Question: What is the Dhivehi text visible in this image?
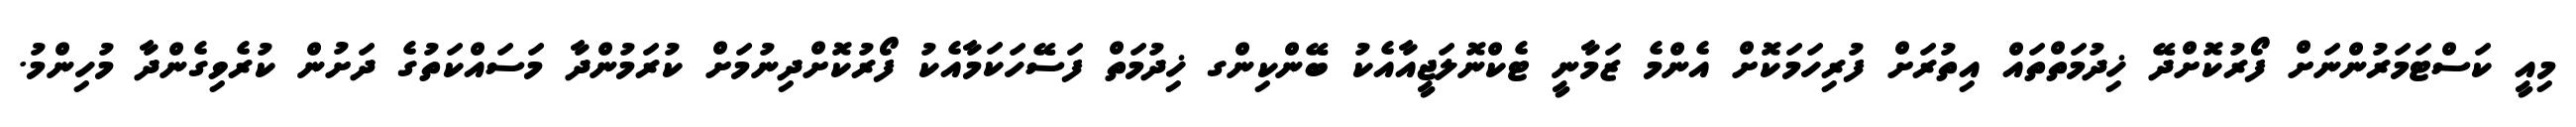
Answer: މިއީ ކަސްޓަމަރުންނަށް ފޯރުކޮށްދޭ ޚިދުމަތްތައް އިތުރަށް ފުރިހަމަކޮށް އެންމެ ޒަމާނީ ޓެކްނޮލަޖީއާއެކު ބޭންކިންގ ޚިދުމަތް ފަސޭހަކަމާއެކު ފޯރުކޮށްދިނުމަށް ކުރަމުންދާ މަސައްކަތުގެ ދަށުން ކުރެވިގެންދާ މުހިންމު.